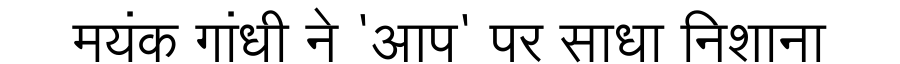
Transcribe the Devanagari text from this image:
मयंक गांधी ने 'आप' पर साधा निशाना